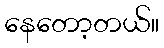
နေတော့တယ်။